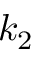
k _ { 2 }